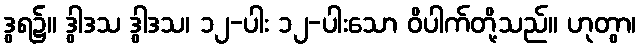
ဒွရ၌။ ဒွါဒသ ဒွါဒသ၊ ၁၂-ပါး ၁၂-ပါးသော ဝိပါက်တို့သည်။ ဟုတွာ၊